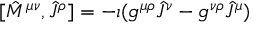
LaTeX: [ { \hat { M } } ^ { \mu \nu } , { \hat { J } } ^ { \rho } ] = - \imath ( g ^ { \mu \rho } { \hat { J } } ^ { \nu } - g ^ { \nu \rho } { \hat { J } } ^ { \mu } )